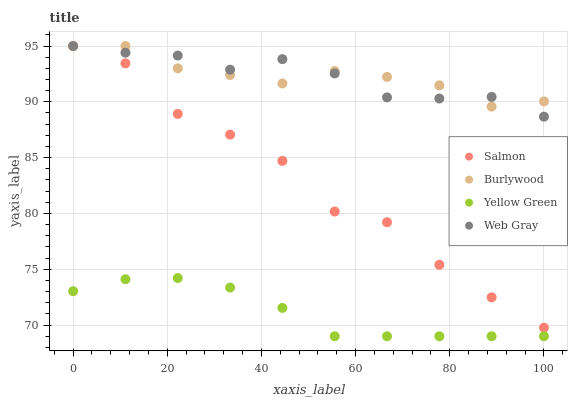
| xaxis_label | Salmon | Burlywood | Yellow Green | Web Gray |
 | --- | --- | --- | --- | --- |
 | 0 | 95 | 95 | 73 | 95 |
 | 11.1 | 93.4 | 95 | 74.1 | 94.4 |
 | 22.2 | 88.9 | 93 | 74.2 | 94.1 |
 | 33.3 | 87.1 | 92.4 | 73.4 | 92.9 |
 | 44.4 | 84.7 | 91.6 | 71.5 | 93.8 |
 | 55.6 | 80.2 | 92.8 | 69 | 92.5 |
 | 66.7 | 79.2 | 92.2 | 69 | 90.4 |
 | 77.8 | 75.4 | 91.5 | 69 | 90.3 |
 | 88.9 | 72.5 | 89.6 | 69 | 90.4 |
 | 100 | 69.8 | 90 | 69 | 88.7 |